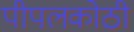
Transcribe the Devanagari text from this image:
पीपलकोठी